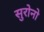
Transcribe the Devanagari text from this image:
सुरोनो